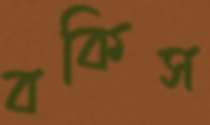
বকিস